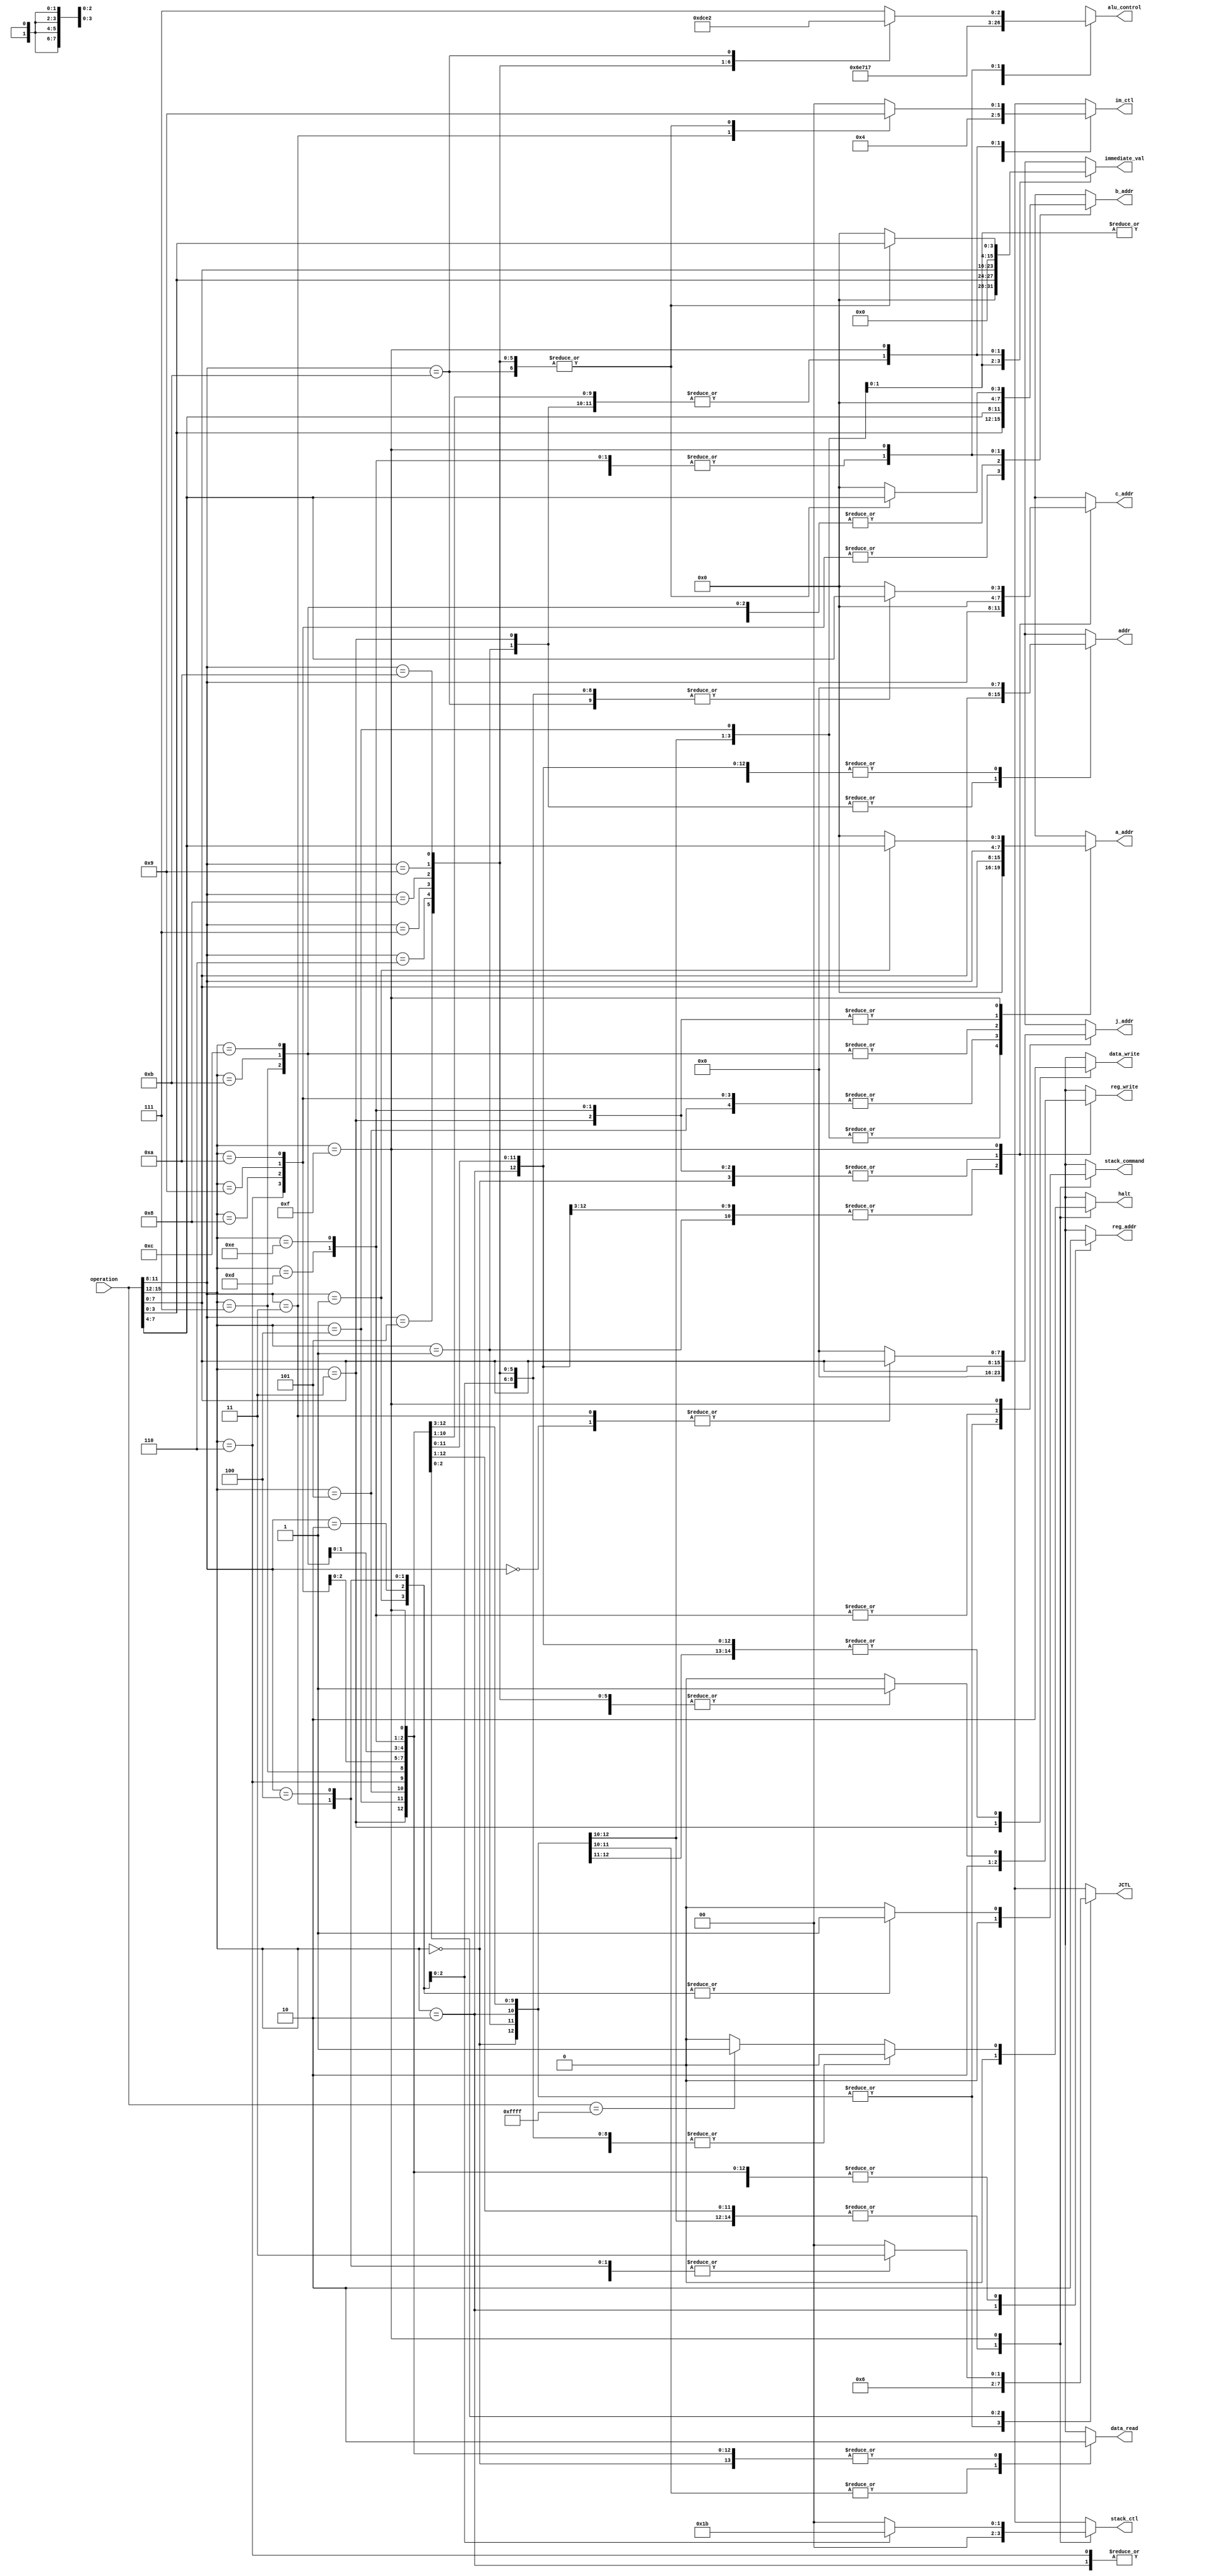
`timescale 1ns / 1ps
//////////////////////////////////////////////////////////////////////////////////
// Company: 
// Engineer: 
// 
// Design Name: 
// Module Name: control_logic
// Project Name: 
// Target Devices: 
// Tool Versions: 
// Description: 
// 
// Dependencies: 
// 
// Revision:
// Revision 0.01 - File Created
// Additional Comments:
// 
//////////////////////////////////////////////////////////////////////////////////

/**
        a_addr=0;           //reg read addresss
        b_addr=0;           //reg read address
        c_addr=0;           //reg write address
        immediate_val=0;    //immediate value, overwrites a_val
        alu_control=3'b000; //alu operation
        addr = 0;      //address for data or instruction memory, instruction user lower half
        JCTL=0;             //paramaters for jump 0 = no, 1 = JZ, 2 = JLT, 3 = uncondititional
        im_sel=0;           //use the immediate value and overwrite A
        reg_write=0;     //write to register C
        data_read=0;        //read data at address in data mem
        data_write=0;       //write data at address in data mem
        reg_addr = 0;       //address is from reg not immediate val
        */
module control_logic(
    input [15:0] operation,
    output reg [3:0] a_addr, b_addr, c_addr,//c = a + b
    output reg [7:0] immediate_val,
    output reg [7:0] addr,
    output reg [7:0] j_addr,
    output reg [2:0] alu_control,
    output reg [1:0] JCTL, im_ctl,
    output reg reg_write, data_read, data_write, reg_addr,
    output reg stack_command,
    output reg [1:0] stack_ctl,
    output reg halt = 0
    );
    always @*
        begin
        case (operation[15:12])
        4'h0:begin   //NOP
                    a_addr=0;
                    b_addr=0;
                    c_addr=0;
                    immediate_val=0;
                    alu_control=3'b111;
                    addr = 0;
                    j_addr = 0;
                    JCTL=0;
                    im_ctl=0;
                    reg_write=0;
                    data_read=0;
                    data_write=0;
                    reg_addr = 0;
                    stack_ctl = 0;
                    stack_command=0;
                    halt = 0;
                 end 
        4'h1:begin  //LDD
                    a_addr=0;
                    b_addr=0;
                    c_addr=operation[11:8];
                    immediate_val=0;                    
                    alu_control=3'b111;
                    addr = operation[7:0];
                    j_addr = 0;
                    JCTL=0;
                    im_ctl=0;
                    reg_write=1;
                    data_read=1;
                    data_write=0;
                    reg_addr = 0;
                    stack_ctl = 0;
                    stack_command=0;
                    halt = 0;
                end
        4'h2:begin   //LD
                    a_addr=0;
                    b_addr=operation[7:4];
                    c_addr=operation[11:8];
                    immediate_val=operation[3:0];                    
                    alu_control=3'b000;
                    addr=0;
                    j_addr = 0;
                    JCTL=0;
                    im_ctl=1;
                    reg_write=1;
                    data_read=1;
                    data_write=0;
                    reg_addr = 1;
                    stack_ctl = 0;
                    stack_command=0;
                    halt = 0;
                end 
        4'h3:begin  //STR
                    a_addr=operation[11:8];
                    b_addr=0;
                    c_addr=0;
                    immediate_val=0;                    
                    alu_control=3'b111;
                    addr = operation[7:0];
                    j_addr = 0;
                    JCTL=0;
                    im_ctl=0;
                    reg_write=0;
                    data_read=0;
                    data_write=1;
                    reg_addr = 0;
                    stack_ctl = 0;
                    stack_command=0;
                    halt = 0;
                end     
        4'h4:begin  //LDIm
                    a_addr=0;
                    b_addr=0;
                    c_addr=operation[11:8];
                    immediate_val=operation[7:0];                    
                    alu_control=3'b111;
                    addr = 0;
                    j_addr = 0;
                    JCTL=0;
                    im_ctl=1;
                    reg_write=1;
                    data_read=0;
                    data_write=0;
                    reg_addr = 0;
                    stack_ctl = 0;
                    stack_command=0;
                    halt = 0;
                  end     
        4'h5:begin  //MV
                    a_addr=operation[7:4];
                    b_addr=0;
                    c_addr=operation[11:8];
                    immediate_val=0;
                    alu_control=3'b111;
                    addr = 0;
                    j_addr = 0;
                    JCTL=0;
                    im_ctl=0;
                    reg_write=1;
                    data_read=0;
                    data_write=0;
                    reg_addr = 0;
                    stack_ctl = 0;
                    stack_command=0;
                    halt = 0;
                end 
        4'h6:begin  //ADD  
                    a_addr=operation[7:4];
                    b_addr=operation[3:0];
                    c_addr=operation[11:8];
                    immediate_val=0;                    
                    alu_control=3'b000;
                    addr = 0;
                    j_addr = 0;
                    JCTL=0;
                    im_ctl=0;
                    reg_write=1;
                    data_read=0;
                    data_write=0;
                    reg_addr=0;
                    stack_ctl = 0;
                    stack_command=0;
                    halt = 0;
                end     
        4'h7:begin  //SUB  
                    a_addr=operation[3:0];
                    b_addr=operation[7:4];
                    c_addr=operation[11:8];
                    immediate_val=0;                    
                    alu_control=3'b001;
                    addr = 0;
                    j_addr = 0;
                    JCTL=0;
                    im_ctl=0;
                    reg_write=1;
                    data_read=0;
                    data_write=0;
                    reg_addr=0;
                    stack_ctl = 0;
                    stack_command=0;
                    halt = 0;
                 end    
        4'h8:begin  //AND  
                    a_addr=operation[7:4];
                    b_addr=operation[3:0];
                    c_addr=operation[11:8];
                    immediate_val=0;                    
                    alu_control=3'b101;
                    addr = 0;
                    j_addr = 0;
                    JCTL=0;
                    im_ctl=0;
                    reg_write=1;
                    data_read=0;
                    data_write=0;
                    reg_addr=0;
                    stack_ctl = 0;
                    stack_command=0;
                    halt = 0;
                 end   
        4'h9:begin  //OR
                    a_addr=operation[7:4];
                    b_addr=operation[3:0];
                    c_addr=operation[11:8];
                    immediate_val=0;                    
                    alu_control=3'b110;
                    addr = 0;
                    j_addr = 0;
                    JCTL=0;
                    im_ctl=0;
                    reg_write=1;
                    data_read=0;
                    data_write=0;
                    reg_addr=0;
                    stack_ctl = 0;
                    stack_command=0;
                    halt = 0;
                 end       
        4'hA:begin  //XOR 
                    a_addr=operation[7:4];
                    b_addr=operation[3:0];
                    c_addr=operation[11:8];
                    immediate_val=0;                    
                    alu_control=3'b011;
                    addr = 0;
                    j_addr = 0;
                    JCTL=0;
                    im_ctl=0;
                    reg_write=1;
                    data_read=0;
                    data_write=0;
                    reg_addr=0;
                    stack_ctl = 0;
                    stack_command=0;
                    halt = 0;
                end                                                                         
       4'hB:begin  //SR
                    a_addr=operation[3:0];
                    b_addr=operation[7:4];
                    c_addr=operation[11:8];
                    immediate_val=0;                    
                    alu_control=3'b100;
                    addr = 0;
                    j_addr = 0;
                    JCTL=0;
                    im_ctl=0;
                    reg_write=1;
                    data_read=0;
                    data_write=0;
                    reg_addr=0;
                    stack_ctl = 0;
                    stack_command=0;
                    halt = 0;
                end      
       4'hC:begin  //SL
                    a_addr=operation[3:0];
                    b_addr=operation[7:4];
                    c_addr=operation[11:8];
                    immediate_val=0;                    
                    alu_control=3'b010;
                    addr = 0;
                    j_addr = 0;
                    JCTL=0;
                    im_ctl=0;
                    reg_write=1;
                    data_read=0;
                    data_write=0;
                    reg_addr=0;
                    stack_ctl = 0;
                    stack_command=0;
                    halt = 0;
                end                
        4'hD:begin  //JZ
                    a_addr=operation[11:8];
                    b_addr=0;
                    c_addr=0;
                    immediate_val=0;
                    alu_control=3'b111;
                    addr = 0;
                    j_addr = operation[7:0];
                    JCTL=1;
                    im_ctl=0;
                    reg_write=0;
                    data_read=0;
                    data_write=0;
                    reg_addr = 0;
                    stack_ctl = 0;
                    stack_command=0; 
                    halt = 0; 
                 end    
        4'hE:begin  //JLT
                    a_addr=operation[11:8];
                    b_addr=0;
                    c_addr=0;
                    immediate_val=0;
                    alu_control=3'b111;
                    addr = 0;
                    j_addr = operation[7:0];
                    JCTL=2;
                    im_ctl=0;
                    reg_write=0;
                    data_read=0;
                    data_write=0;
                    reg_addr = 0;
                    stack_ctl = 0;
                    stack_command=0;
                    halt = 0;
                 end      
        4'hF:begin  //more commands
                    case(operation[11:8]) 
                    4'h0:begin //J
                                a_addr=0;
                                b_addr=0;
                                c_addr=0;
                                immediate_val=0;
                                alu_control=3'b111;
                                addr = 0;
                                j_addr = operation[7:0];
                                JCTL=3;
                                im_ctl=0;
                                reg_write=0;
                                data_read=0;
                                data_write=0;
                                reg_addr = 0;
                                stack_ctl = 0;
                                stack_command=0;
                                halt = 0;
                            end
                    4'h1:begin //PUSH
                                a_addr=operation[7:4];
                                b_addr=0;
                                c_addr=0;
                                immediate_val=0;
                                alu_control=3'b111;
                                addr = 0;
                                j_addr = 0;
                                JCTL=0;
                                im_ctl=0;
                                reg_write=0;
                                data_read=0;
                                data_write=0;
                                reg_addr = 0;
                                stack_ctl = 0;
                                stack_command=1;
                                halt = 0;
                            end
                    4'h2:begin //POP
                                a_addr=0;
                                b_addr=0;
                                c_addr=operation[7:4];
                                immediate_val=0;
                                alu_control=3'b111;
                                addr = 0;
                                j_addr = 0;
                                JCTL=0;
                                im_ctl=0;
                                reg_write=1;
                                data_read=0;
                                data_write=0;
                                reg_addr = 0;
                                stack_ctl = 1;
                                stack_command=1;
                                halt = 0;
                            end
                    4'h3:begin //Call
                                a_addr=0;
                                b_addr=0;
                                c_addr=operation[7:4];
                                immediate_val=0;
                                alu_control=3'b111;
                                addr = 0;
                                j_addr = operation[7:0];
                                JCTL=3;
                                im_ctl=2;
                                reg_write=0;
                                data_read=0;
                                data_write=0;
                                reg_addr = 0;
                                stack_ctl = 2;
                                stack_command=1;
                                halt = 0;
                            end
                    4'h4:begin //return
                                a_addr=0;
                                b_addr=0;
                                c_addr=operation[7:4];
                                immediate_val=0;
                                alu_control=3'b111;
                                addr = 0;
                                j_addr = 0;
                                JCTL=3;
                                im_ctl=0;
                                reg_write=0;
                                data_read=0;
                                data_write=0;
                                reg_addr = 0;
                                stack_ctl = 3;
                                stack_command=1;
                                halt = 0;
                            end
                    4'h5:begin //ADD_I
                                a_addr=0;
                                b_addr=operation[7:4];
                                c_addr=operation[7:4];
                                immediate_val=operation[3:0];                    
                                alu_control=3'b000;
                                addr=0;
                                j_addr = 0;
                                JCTL=0;
                                im_ctl=1;
                                reg_write=1;
                                data_read=0;
                                data_write=0;
                                reg_addr=0;
                                stack_ctl = 0;
                                stack_command=0;
                                halt = 0;
                            end
                    4'h6:begin //SUB_I
                                a_addr=0;
                                b_addr=operation[7:4];
                                c_addr=operation[7:4];
                                immediate_val=operation[3:0];                    
                                alu_control=3'b001;
                                addr=0;
                                j_addr = 0;
                                JCTL=0;
                                im_ctl=1;
                                reg_write=1;
                                data_read=0;
                                data_write=0;
                                reg_addr=0;
                                stack_ctl = 0;
                                stack_command=0;
                                halt = 0;
                            end
                    4'h7:begin //AND_I
                                a_addr=0;
                                b_addr=operation[7:4];
                                c_addr=operation[7:4];
                                immediate_val=operation[3:0];                    
                                alu_control=3'b101;
                                addr=0;
                                j_addr = 0;
                                JCTL=0;
                                im_ctl=1;
                                reg_write=1;
                                data_read=0;
                                data_write=0;
                                reg_addr=0;
                                stack_ctl = 0;
                                stack_command=0;
                                halt = 0;
                            end
                    4'h8:begin //OR_I
                                a_addr=0;
                                b_addr=operation[7:4];
                                c_addr=operation[7:4];
                                immediate_val=operation[3:0];                    
                                alu_control=3'b110;
                                addr=0;
                                j_addr = 0;
                                JCTL=0;
                                im_ctl=1;
                                reg_write=1;
                                data_read=0;
                                data_write=0;
                                reg_addr=0;
                                stack_ctl = 0;
                                stack_command=0;
                                halt = 0;
                            end
                    4'h9:begin //XOR_I
                                a_addr=0;
                                b_addr=operation[7:4];
                                c_addr=operation[7:4];
                                immediate_val=operation[3:0];                    
                                alu_control=3'b011;
                                addr=0;
                                j_addr = 0;
                                JCTL=0;
                                im_ctl=1;
                                reg_write=1;
                                data_read=0;
                                data_write=0;
                                reg_addr=0;
                                stack_ctl = 0;
                                stack_command=0;
                                halt = 0;
                            end
                    4'hA:begin //SR_I
                                a_addr=0;
                                b_addr=operation[7:4];
                                c_addr=operation[7:4];
                                immediate_val=operation[3:0];                    
                                alu_control=3'b100;
                                addr=0;
                                j_addr = 0;
                                JCTL=0;
                                im_ctl=1;
                                reg_write=1;
                                data_read=0;
                                data_write=0;
                                reg_addr=0;
                                stack_ctl = 0;
                                stack_command=0;
                                halt = 0;
                            end
                    4'hB:begin //SL_I
                                a_addr=0;
                                b_addr=operation[7:4];
                                c_addr=operation[7:4];
                                immediate_val=operation[3:0];                    
                                alu_control=3'b010;
                                addr=0;
                                j_addr = 0;
                                JCTL=0;
                                im_ctl=1;
                                reg_write=1;
                                data_read=0;
                                data_write=0;
                                reg_addr=0;
                                stack_ctl = 0;
                                stack_command=0;
                                halt = 0;
                            end
                    default: begin //improper command so noop
                                if(operation == 16'hFFFF) begin
                                    a_addr=0;
                                    b_addr=0;
                                    c_addr=0;
                                    immediate_val=0;
                                    alu_control=3'b111;
                                    addr = 0;
                                    j_addr = 0;
                                    JCTL=0;
                                    im_ctl=0;
                                    reg_write=0;
                                    data_read=0;
                                    data_write=0;
                                    reg_addr = 0;
                                    stack_ctl = 0;
                                    stack_command=0;
                                    halt = 1;
                                end
                                else begin
                                    a_addr=0;
                                    b_addr=0;
                                    c_addr=0;
                                    immediate_val=0;
                                    alu_control=3'b111;
                                    addr = 0;
                                    j_addr = 0;
                                    JCTL=0;
                                    im_ctl=0;
                                    reg_write=0;
                                    data_read=0;
                                    data_write=0;
                                    reg_addr = 0;
                                    stack_ctl = 0;
                                    stack_command=0;
                                    halt = 0;
                                end
                            end
                    endcase
                 end                                                 
        default: begin   //noop, no idea how you would get here but juuuuuust in case
                    a_addr=0;
                    b_addr=0;
                    c_addr=0;
                    immediate_val=0;
                    alu_control=3'b111;
                    addr = 0;
                    JCTL=0;
                    im_ctl=0;
                    reg_write=0;
                    data_read=0;
                    data_write=0;
                    reg_addr = 0;
                    stack_ctl = 0;
                    stack_command=0;
                    halt = 0;
                end 
       endcase
   end              
endmodule